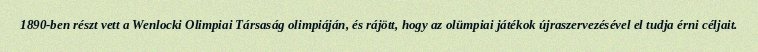
1890-ben részt vett a Wenlocki Olimpiai Társaság olimpiáján, és rájött, hogy az olümpiai játékok újraszervezésével el tudja érni céljait.